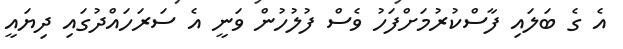
އެ ގެ ބަލައި ފާސްކުރުމަށްފަހު ވެސް ފުލުހުން ވަނީ އެ ސަރަހައްދުގައި ދިޔައީ